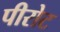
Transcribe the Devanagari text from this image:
पीरोट